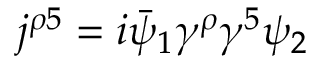
j ^ { \rho 5 } = i \bar { \psi } _ { 1 } \gamma ^ { \rho } \gamma ^ { 5 } \psi _ { 2 }